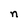
Character: n